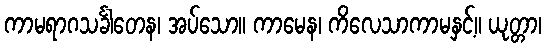
ကာမရာဂသင်္ခါတေန၊ အပ်သော။ ကာမေန၊ ကိလေသာကာမနှင့်။ ယုတ္တာ၊